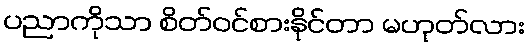
ပညာကိုသာ စိတ်ဝင်စားနိုင်တာ မဟုတ်လား